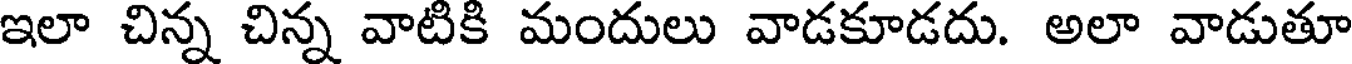
ఇలా చిన్న చిన్న వాటికి మందులు వాడకూడదు. అలా వాడుతూ